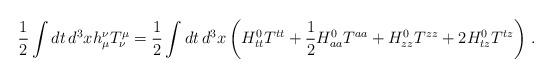
LaTeX: \begin{align*}\frac{1}{2}\int dt \, d^3 x h_\mu^\nu T_\nu^\mu = \frac{1}{2} \int dt \, d^3 x \left( H_{tt}^0 T^{tt} + \frac{1}{2}H_{aa}^0 T^{aa} + H_{zz}^0 T^{zz} + 2 H_{tz}^0 T^{tz} \right) \,.\end{align*}